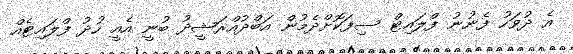
އެ ދުވަހު ފެނުނު ފްލައިޓް ސިފަކޮށްދެމުން އަބްދުއްރަޝީދު ބުނީ އެއީ ހުދު ފްލައިޓެއް